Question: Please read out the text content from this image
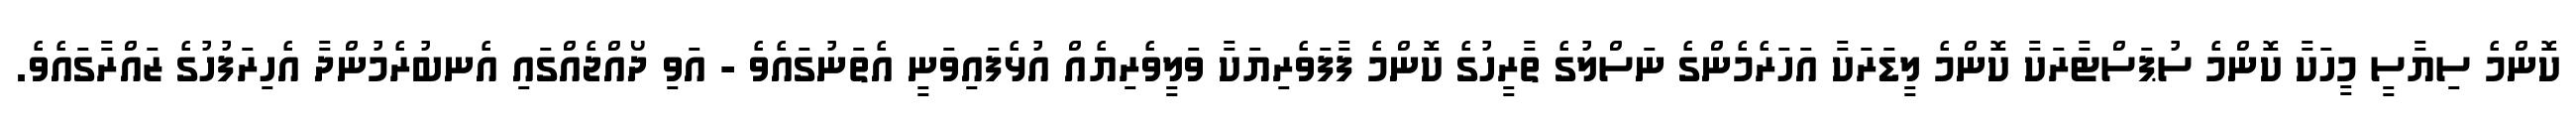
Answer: ކޮންމެ ސިޔާސީ މީހަކާ ކޮންމެ ސުޕަސްޓާރަކާ ކޮންމެ ލީޑަރަކާ އަހަރެމެންގެ ނަސްލުގެ ތާރީހުގެ ކޮންމެ ފާފަވެރިޔަކާ ވަލީވެރިޔެއް އުޅެފައިވަނީ އެތަނުގައެވެ - އަވި ދޯއްޖެއްގައި އެނބުރެމުންދާ އެހިރަފުހުގެ ޒައްރާގައެވެ.